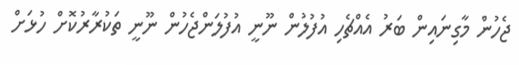
ޖެހުން މާގިނައިން ބަރު އެއްޗެހި އުފުލުން ނޫނީ އުފުލަންޖެހުން ނޫނީ ތަކުރާރުކޮށް ހުޅަށް